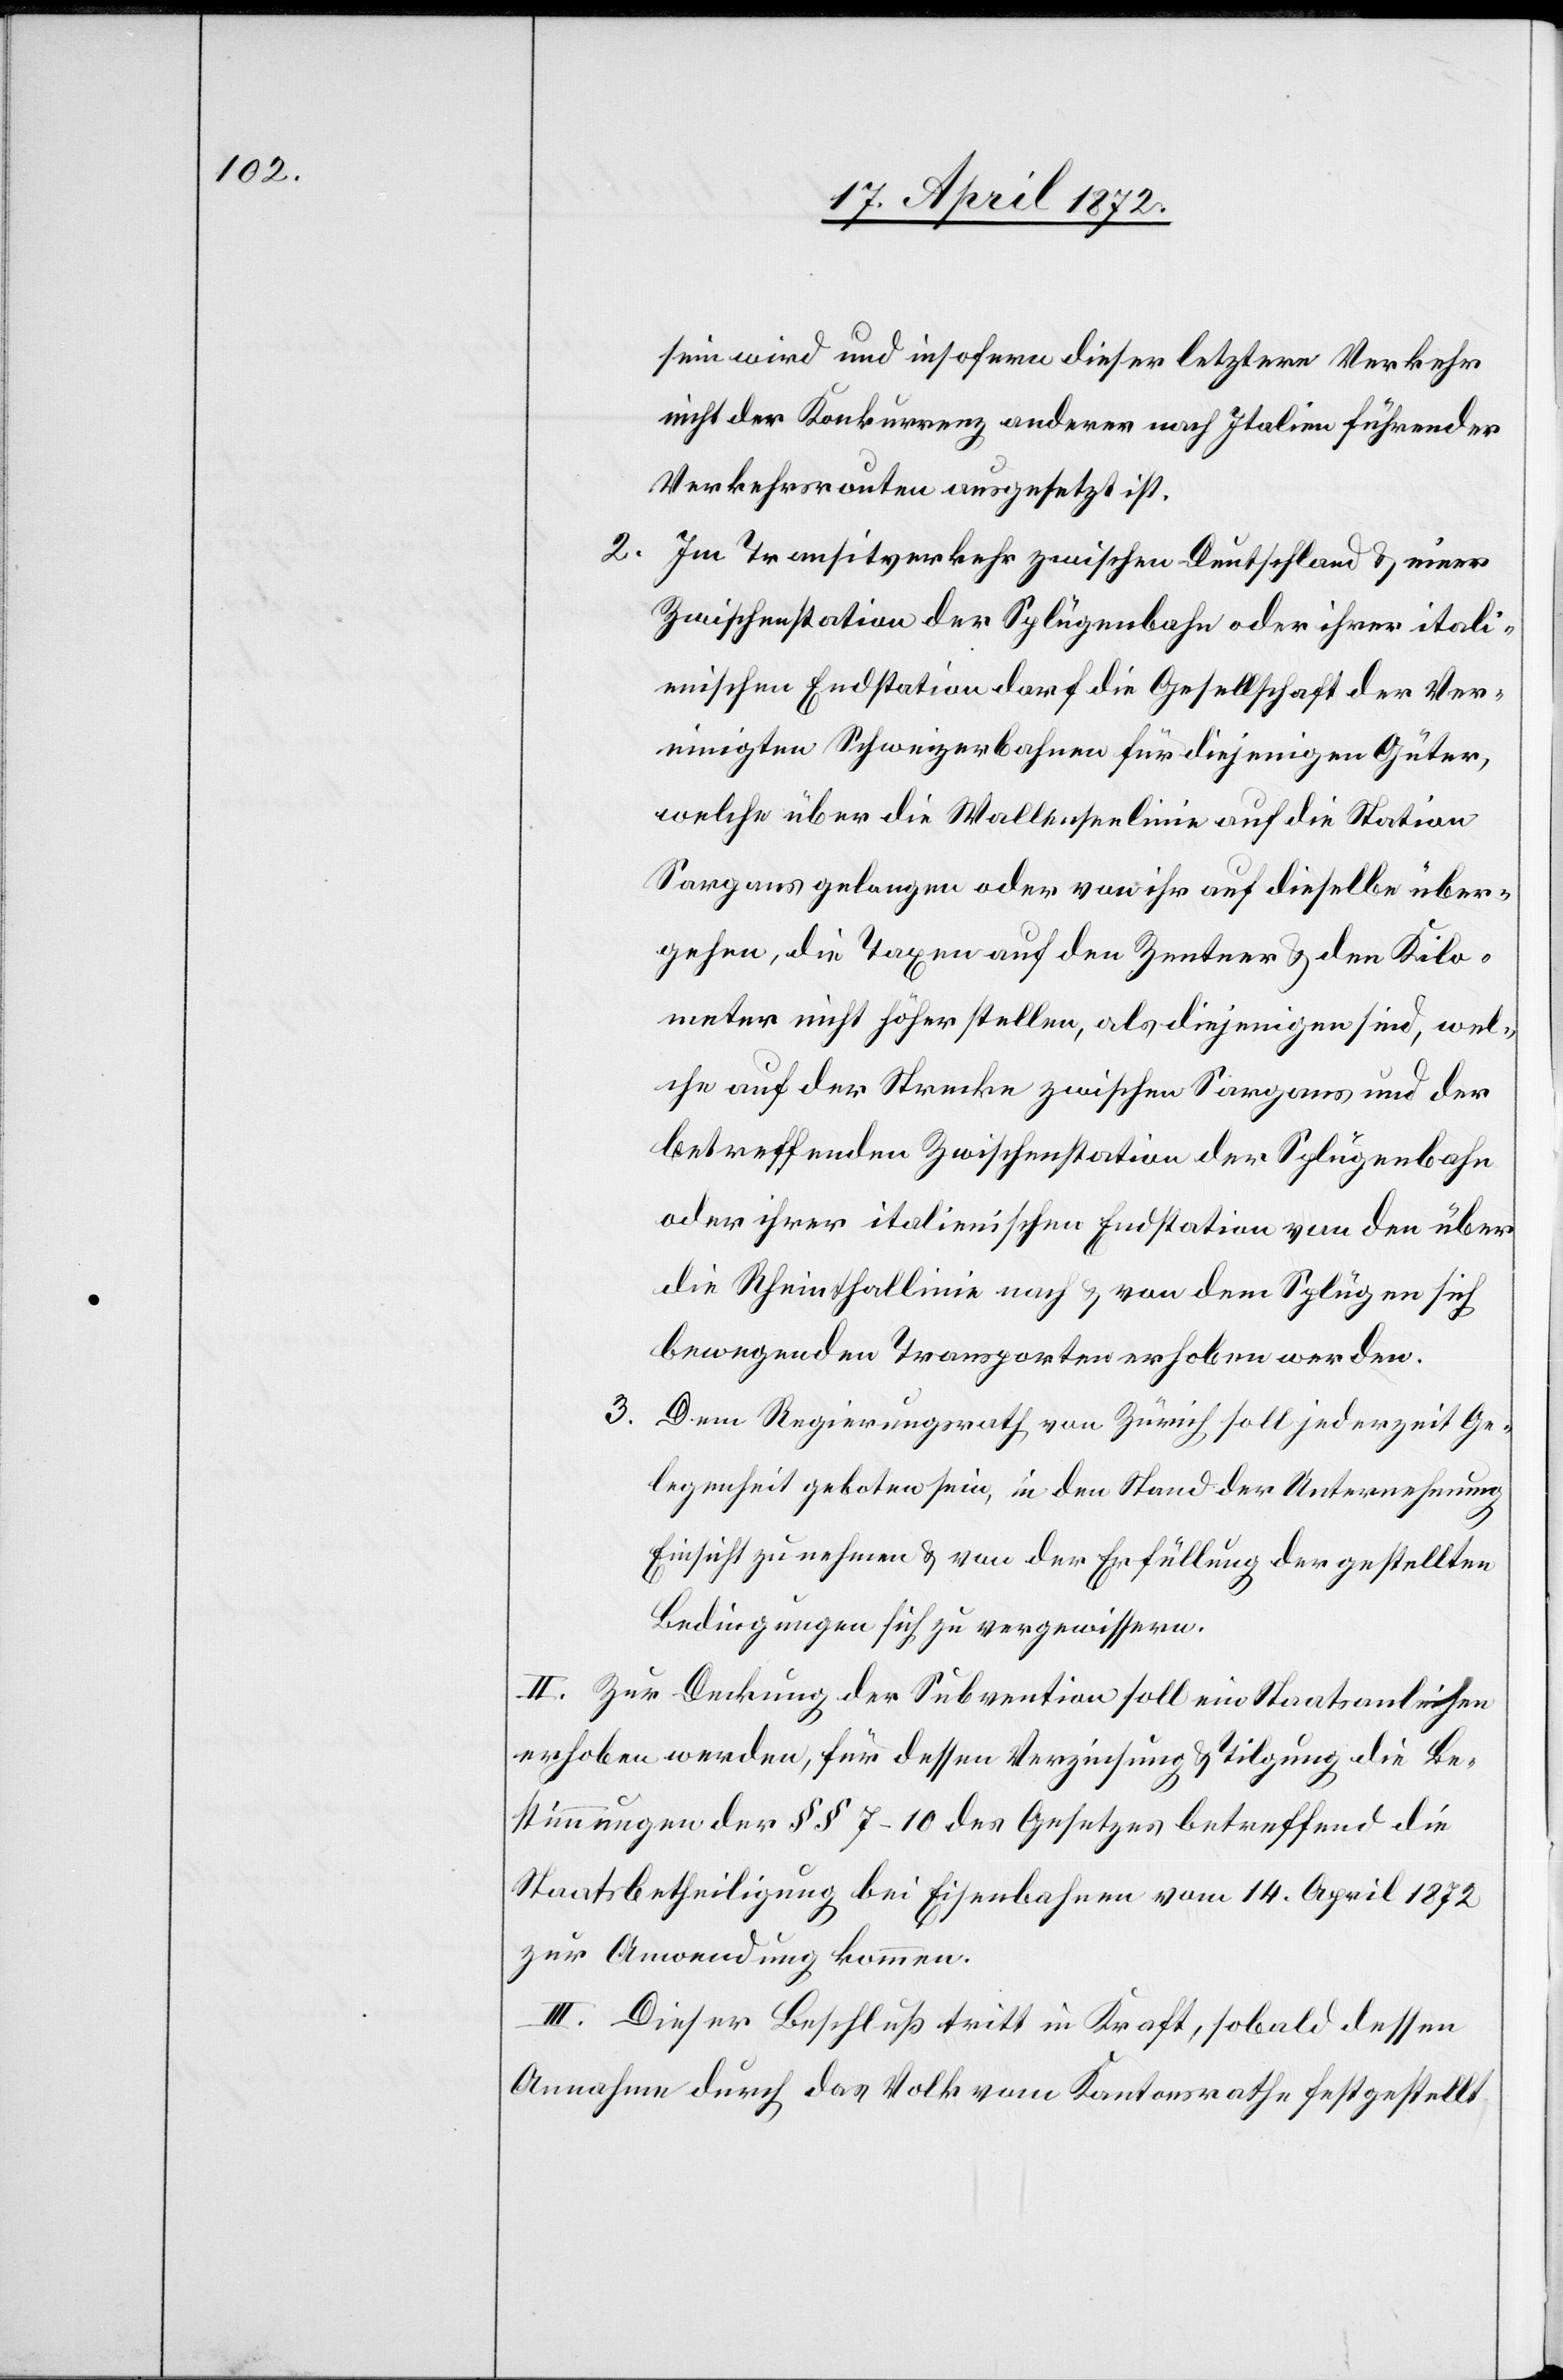
sein wird und insofern dieser letztere Verkehr
nicht der Konkurrenz anderer nach Italien führender
Verkehrsrouten ausgesetzt ist.
2. Im Transitverkehr zwischen Deutschland u. einer
Zwischenstation der Splügenbahn oder ihrer itali¬
enischen Endstation darf die Gesellschaft der Ver¬
einigten Schweizerbahnen für diejenigen Güter,
welche über die Wallenseelinie auf die Station
Sargans gelangen oder von ihr auf dieselbe über¬
gehen, die Taxen auf den Zentner u. den Kilo¬
meter nicht höher stellen, als diejenigen sind, wel¬
che auf der Strecke zwischen Sargans und der
betreffenden Zwischenstation der Splügenbahn
oder ihrer italienischen Endstation von den über
die Rheinthallinie nach u. von dem Splügen sich
bewegenden Transporten erhoben werden.
3. Dem Regierungsrath von Zürich soll jederzeit Ge¬
legenheit geboten sein, in den Stand der Unternehmung
Einsicht zu nehmen u. von der Erfüllung der gestellten
Bedingungen sich zu vergewissern.
II. Zur Deckung der Subvention soll ein Staatsanleihen
erhoben werden, für dessen Verzinsung u. Tilgung die Be¬
stimmungen der §§ 7–10 des Gesetzes betreffend die
Staatsbetheiligung bei Eisenbahnen vom 14. April 1872
zur Anwendung kommen.
III. Dieser Beschluß tritt in Kraft, sobald dessen
Annahme durch das Volk vom Kantonsrathe festgestellt